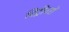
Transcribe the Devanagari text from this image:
रिट्रीवरों